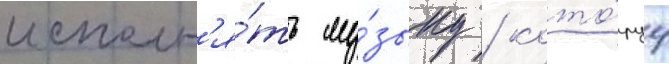
исполн'я́ть му́зыку / кото́руу